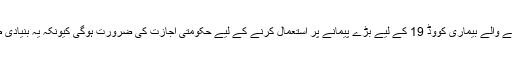
اس نئی دوا کو نئے نوول کورونا وائرس سے ہونے والے بیماری کووڈ 19 کے لیے بڑے پیمانے پر استعمال کرنے کے لیے حکومتی اجازت کی ضرورت ہوگی کیونکہ یہ بنیادی طور پر فلو کے علاج کے لیے تیار کی گئی تھی۔